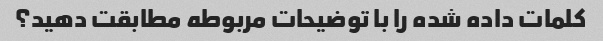
کلمات داده شده را با توضیحات مربوطه مطابقت دهید؟